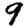
Digit: 9